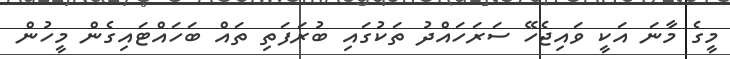
މީގެ މާނަ އަކީ ވައިޖެހޭ ސަރަހައްދު ތަކުގައި ބުރަފަތި ތައް ބަހައްޓައިގެން މީހުން